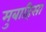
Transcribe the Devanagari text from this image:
मुबाहिसा